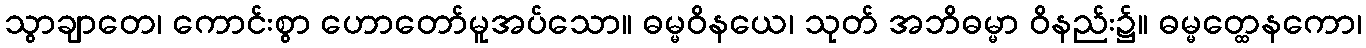
သွာချာတေ၊ ကောင်းစွာ ဟောတော်မူအပ်သော။ ဓမ္မဝိနယေ၊ သုတ် အဘိဓမ္မာ ဝိနည်း၌။ ဓမ္မတ္ထေနကော၊